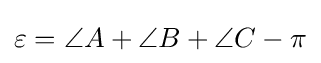
\varepsilon =\angle A+\angle B+\angle C-\pi